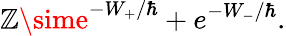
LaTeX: \mathbb{Z}\sime^{-W_{+}/\hbar}+e^{-W_{-}/\hbar}.